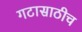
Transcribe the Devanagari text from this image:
गटासाठीच